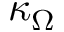
\kappa _ { \Omega }